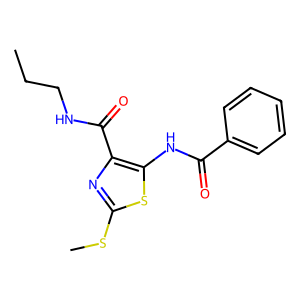
SMILES: CCCNC(=O)c1nc(SC)sc1NC(=O)c1ccccc1
Inhibits HIV replication: No